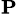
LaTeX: _\mathbf{P}